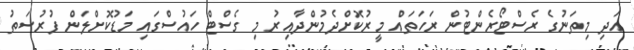
އަދި މިތަނުގެ ރެސްޓޯރެންޓުން ރަހަތައް މީރުކޮށްދެމުންދާއިރު މި ގެސްޓް ހައުސްގައި މަޑުކޮށްލަން ފުރުސަތު